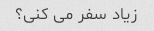
زیاد سفر می کنی؟